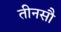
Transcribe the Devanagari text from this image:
तीनसौ